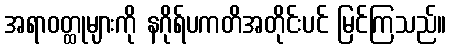
အရာဝတ္ထုများကို နဂိုရ်ပကတိအတိုင်းပင် မြင်ကြသည်။